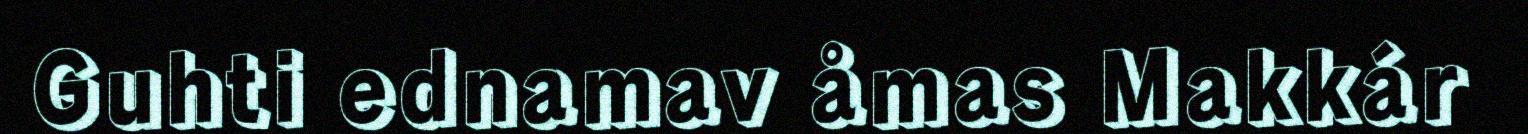
Guhti ednamav åmas Makkár